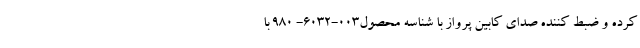
کرده و ضبط کننده صدای کابین پرواز با شناسه محصول۰۰۳-۶۰۳۲- ۹۸۰ با